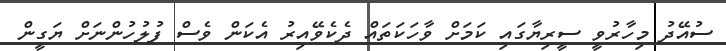
ސުއޭދު މިހާރުވީ ސީރިޔާގައި ކަމަށް ވާހަކަތައް ދެކެވޭއިރު އެކަން ވެސް ފުލުހުންނަށް ޔަގީން